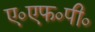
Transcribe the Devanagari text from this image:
ए०एफ०पी०